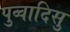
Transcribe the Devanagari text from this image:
पुव्वादिसु